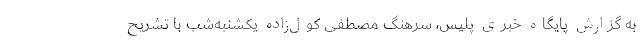
به گزارش پایگاه خبری پلیس، سرهنگ مصطفی کول‌زاده یکشنبه‌شب با تشریح